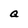
Character: a